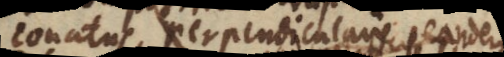
conatus perpendicularis ad